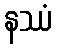
နဿံ